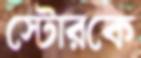
স্টোরকে